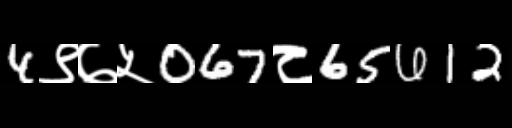
Text: 4९७५067८65612